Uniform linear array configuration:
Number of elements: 16
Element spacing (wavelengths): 0.75
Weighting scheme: kaiser
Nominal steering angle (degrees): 30
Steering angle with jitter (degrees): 31.606
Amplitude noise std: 0.05
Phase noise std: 0.05

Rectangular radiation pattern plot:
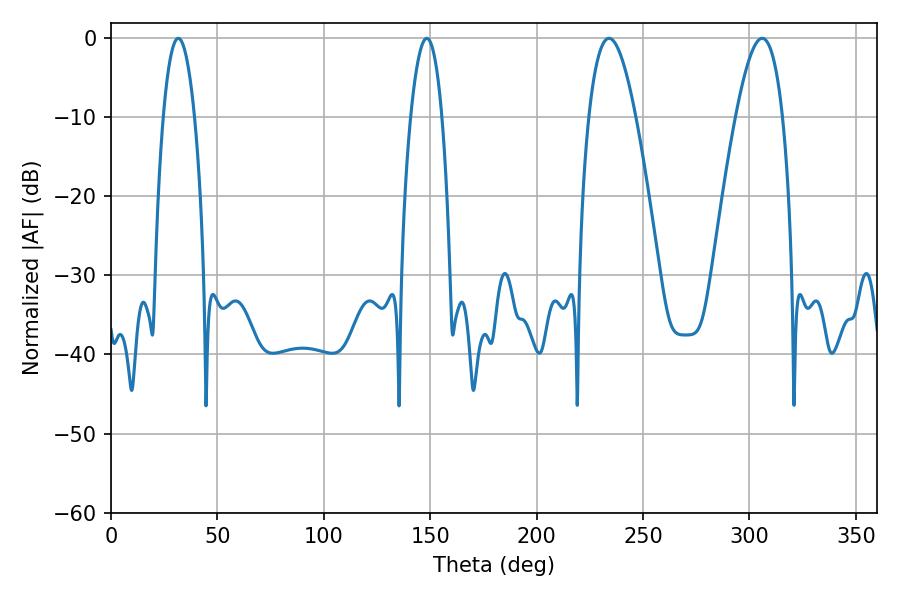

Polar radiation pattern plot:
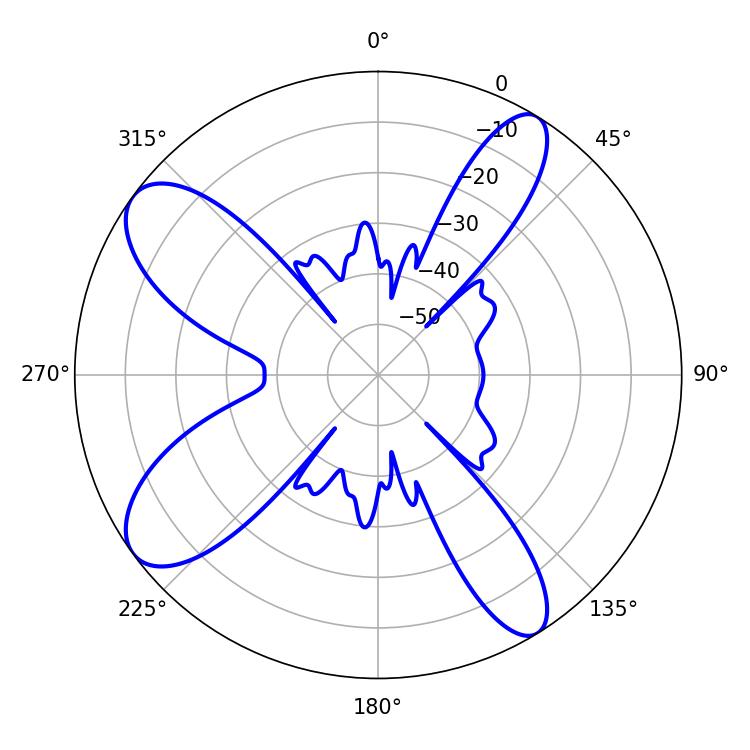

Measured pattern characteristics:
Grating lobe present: TRUE
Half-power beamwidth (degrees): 12.06
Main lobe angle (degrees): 234